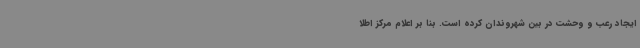
ایجاد رعب و وحشت در بین شهروندان کرده است. بنا بر اعلام مرکز اطلا